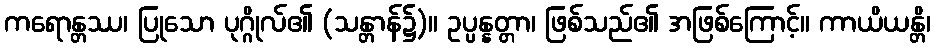
ကရောန္တဿ၊ ပြုသော ပုဂ္ဂိုလ်၏ (သန္တာန်၌)။ ဥပ္ပန္နတ္တာ၊ ဖြစ်သည်၏ အဖြစ်ကြောင့်။ ကာယိယန္တိ၊